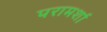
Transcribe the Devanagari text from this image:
परामर्शा